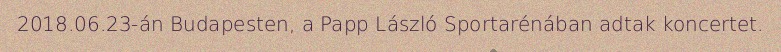
2018.06.23-án Budapesten, a Papp László Sportarénában adtak koncertet.